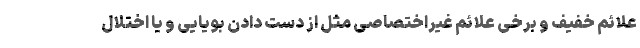
علائم خفیف و برخی علائم غیراختصاصی مثل از دست دادن بویایی و یا اختلال